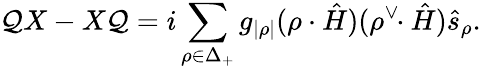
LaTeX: \mathcal{Q}X-X\mathcal{Q}=i\sum_{\rho\in\Delta_{+}}g_{|\rho|}(\rho\cdot\hat{{H}})(\rho^{\vee}\! \! \cdot\hat{{H}})\hat{{s}}_{\rho}.